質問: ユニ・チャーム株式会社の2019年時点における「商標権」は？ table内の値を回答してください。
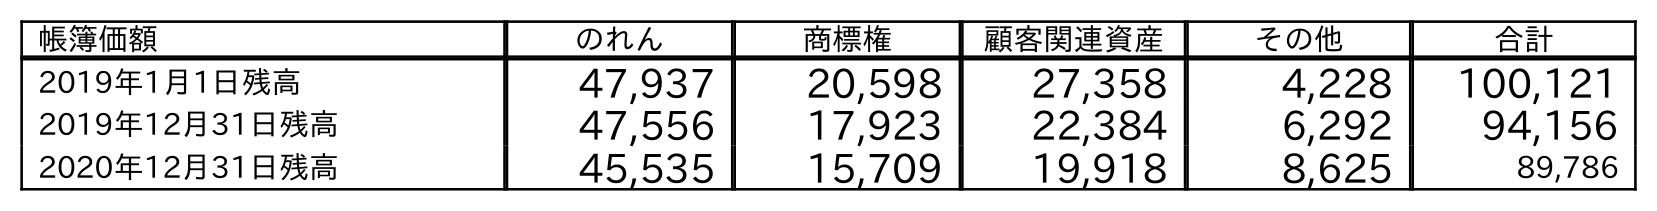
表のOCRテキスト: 帳簿価額 のれん 商標権 顧客関連資産 その他 合計 2019年1月1日残高 47,937 20,598 27,358 4,228 100,121 2019年12月31日残高 47,556 17,923 22,384 6,292 94,156 2020年12月31日残高 45,535 15,709 19,918 8,625 89,786
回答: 17,923